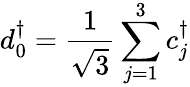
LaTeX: d_{0}^{\dagger}=\frac{1}{\sqrt{3}}\sum_{j=1}^{3}c_{j}^{\dagger}